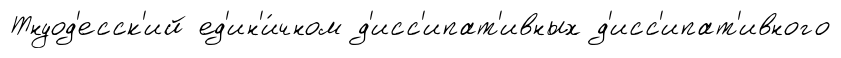
Тнуод'есск'ий ед'ин'и́чном д'исс'ипат'ивных д'исс'ипат'ивного